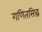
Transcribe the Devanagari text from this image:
गणितसिद्ध